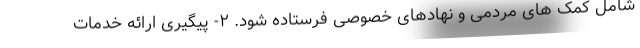
شامل کمک های مردمی و نهادهای خصوصی فرستاده شود. ۲- پیگیری ارائه خدمات